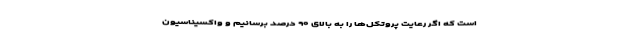
است که اگر رعایت پروتکل‌ها را به بالای ۹۰ درصد برسانیم و واکسیناسیون